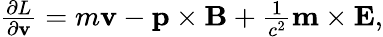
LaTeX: \begin{array}{r}{\frac{\partial L}{\partial\mathbf v}=m\mathbf v-\mathbf p\times\mathbf B+\frac{1}{c^{2}}\mathbf m\times\mathbf E,}\end{array}